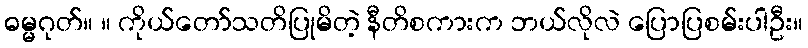
ဓမ္မဂုတ်။ ။ ကိုယ်တော်သတိပြုမိတဲ့ နီတိစကားက ဘယ်လိုလဲ ပြောပြစမ်းပါဦး။